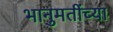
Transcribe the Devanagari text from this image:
भानुमतींच्या